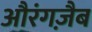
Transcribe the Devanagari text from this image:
औरंगज़ैब